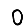
Digit: 0